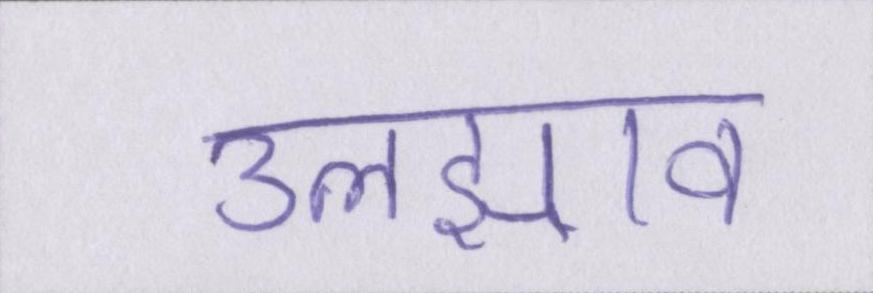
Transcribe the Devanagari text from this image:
उलझाव